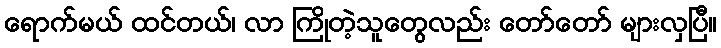
ရောက်မယ် ထင်တယ်၊ လာ ကြိုတဲ့သူတွေလည်း တော်တော် များလှပြီ။